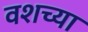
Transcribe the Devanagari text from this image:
वशच्या